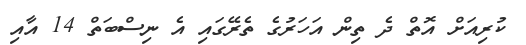
ކުރިއަށް އޮތް ދެ ތިން އަހަރުގެ ތެރޭގައި އެ ނިސްބަތް 14 އާއި